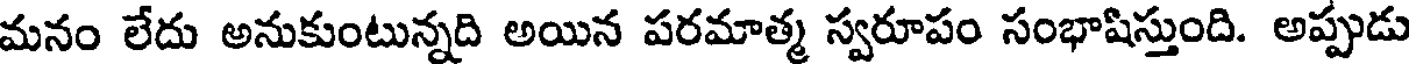
మనం లేదు అనుకుంటున్నది అయిన పరమాత్మ స్వరూపం సంభాషిస్తుంది. అప్పుడు